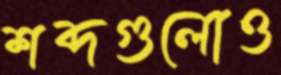
শব্দগুলোও